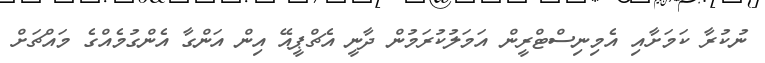
ނުކުރާ ކަމަށާއި އެމިނިސްޓްރީން އަމަލުކުރަމުން ދާނީ އެޗްޕީއޭ އިން އަންގާ އެންގުމެއްގެ މައްޗަށް